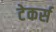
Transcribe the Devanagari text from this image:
टेकर्स